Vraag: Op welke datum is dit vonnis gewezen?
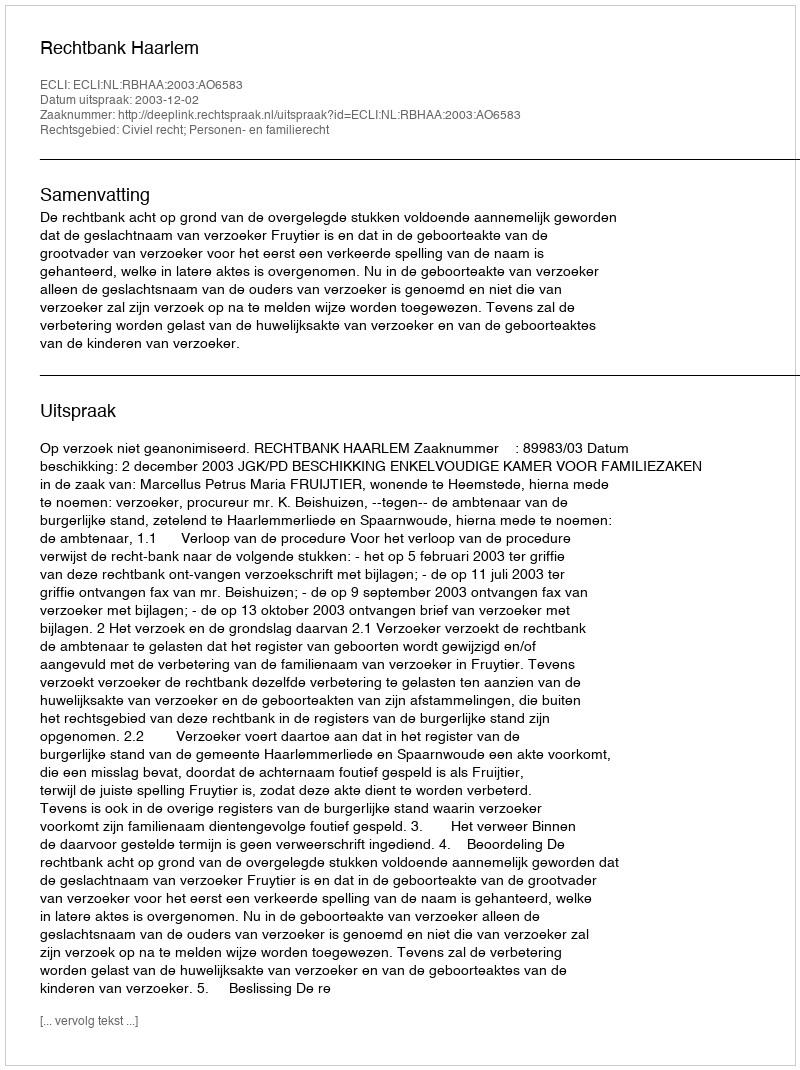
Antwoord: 2003-12-02